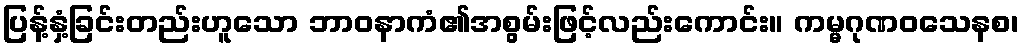
ပြန့်နှံ့ခြင်းတည်းဟူသော ဘာဝနာကံ၏အစွမ်းဖြင့်လည်းကောင်း။ ကမ္မဂုဏဝသေနစ၊